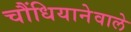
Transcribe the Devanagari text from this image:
चौंधियानेवाले